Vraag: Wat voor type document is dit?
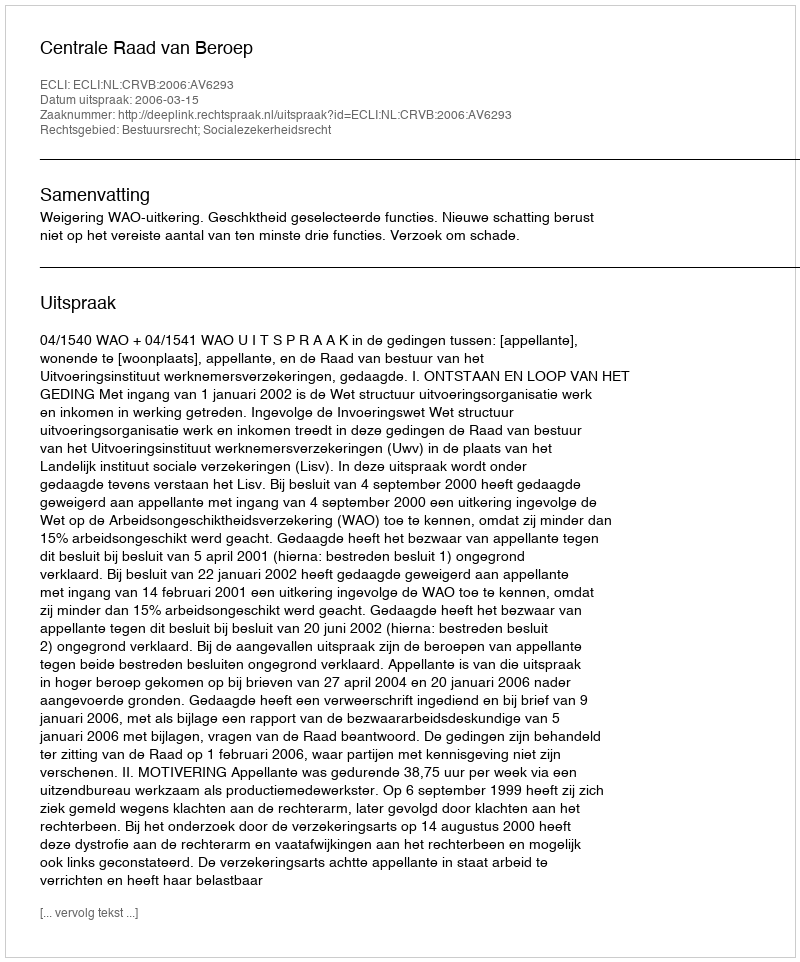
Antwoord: Uitspraak